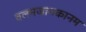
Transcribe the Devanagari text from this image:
वलमजामकानम